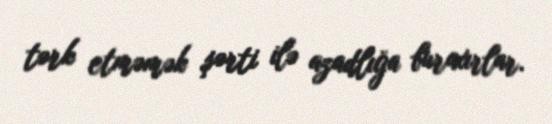
tərk etməmək şərti ilə azadlığa buraxırlar.